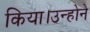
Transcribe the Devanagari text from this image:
किया।उन्होने